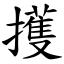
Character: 擭